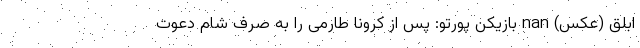
ابلق (عکس) nan بازیکن پورتو: پس از کرونا طارمی را به صرف شام دعوت